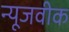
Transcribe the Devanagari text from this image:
न्‍यूजवीक